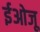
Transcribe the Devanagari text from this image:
ईओजू